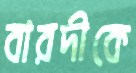
বারদীকে